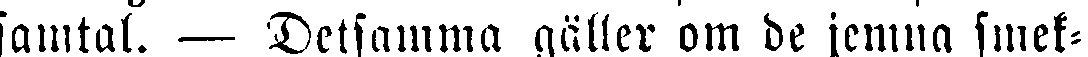
samtal. — Detsamma gäller om de jemna smek-